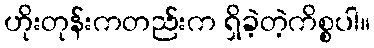
ဟိုးတုန်းကတည်းက ရှိခဲ့တဲ့ကိစ္စပါ။